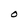
Character: O